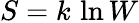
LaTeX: S=k\, \ln W